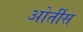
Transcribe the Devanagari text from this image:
ओर्तीस